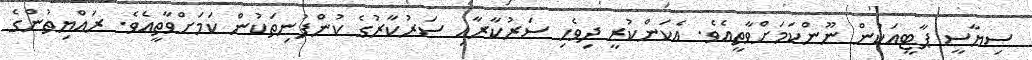
ސިޔާސީ ޕާޓީއަކުން ނޫންކަމަށްވާތީއެވެ. އެކަންކުރީ ދިވެހި ސަރުކާރާއި ސަރުކާރުގެ ކުންފުނިތަކުން ކަމަށްވާތީއެވެ. ރައްޔިތުންގެ